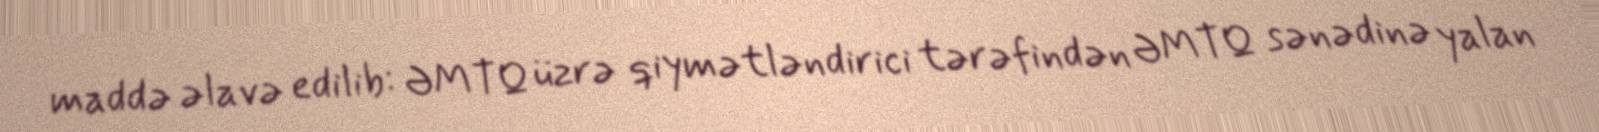
maddə əlavə edilib: ƏMTQ üzrə qiymətləndirici tərəfindən ƏMTQ sənədinə yalan